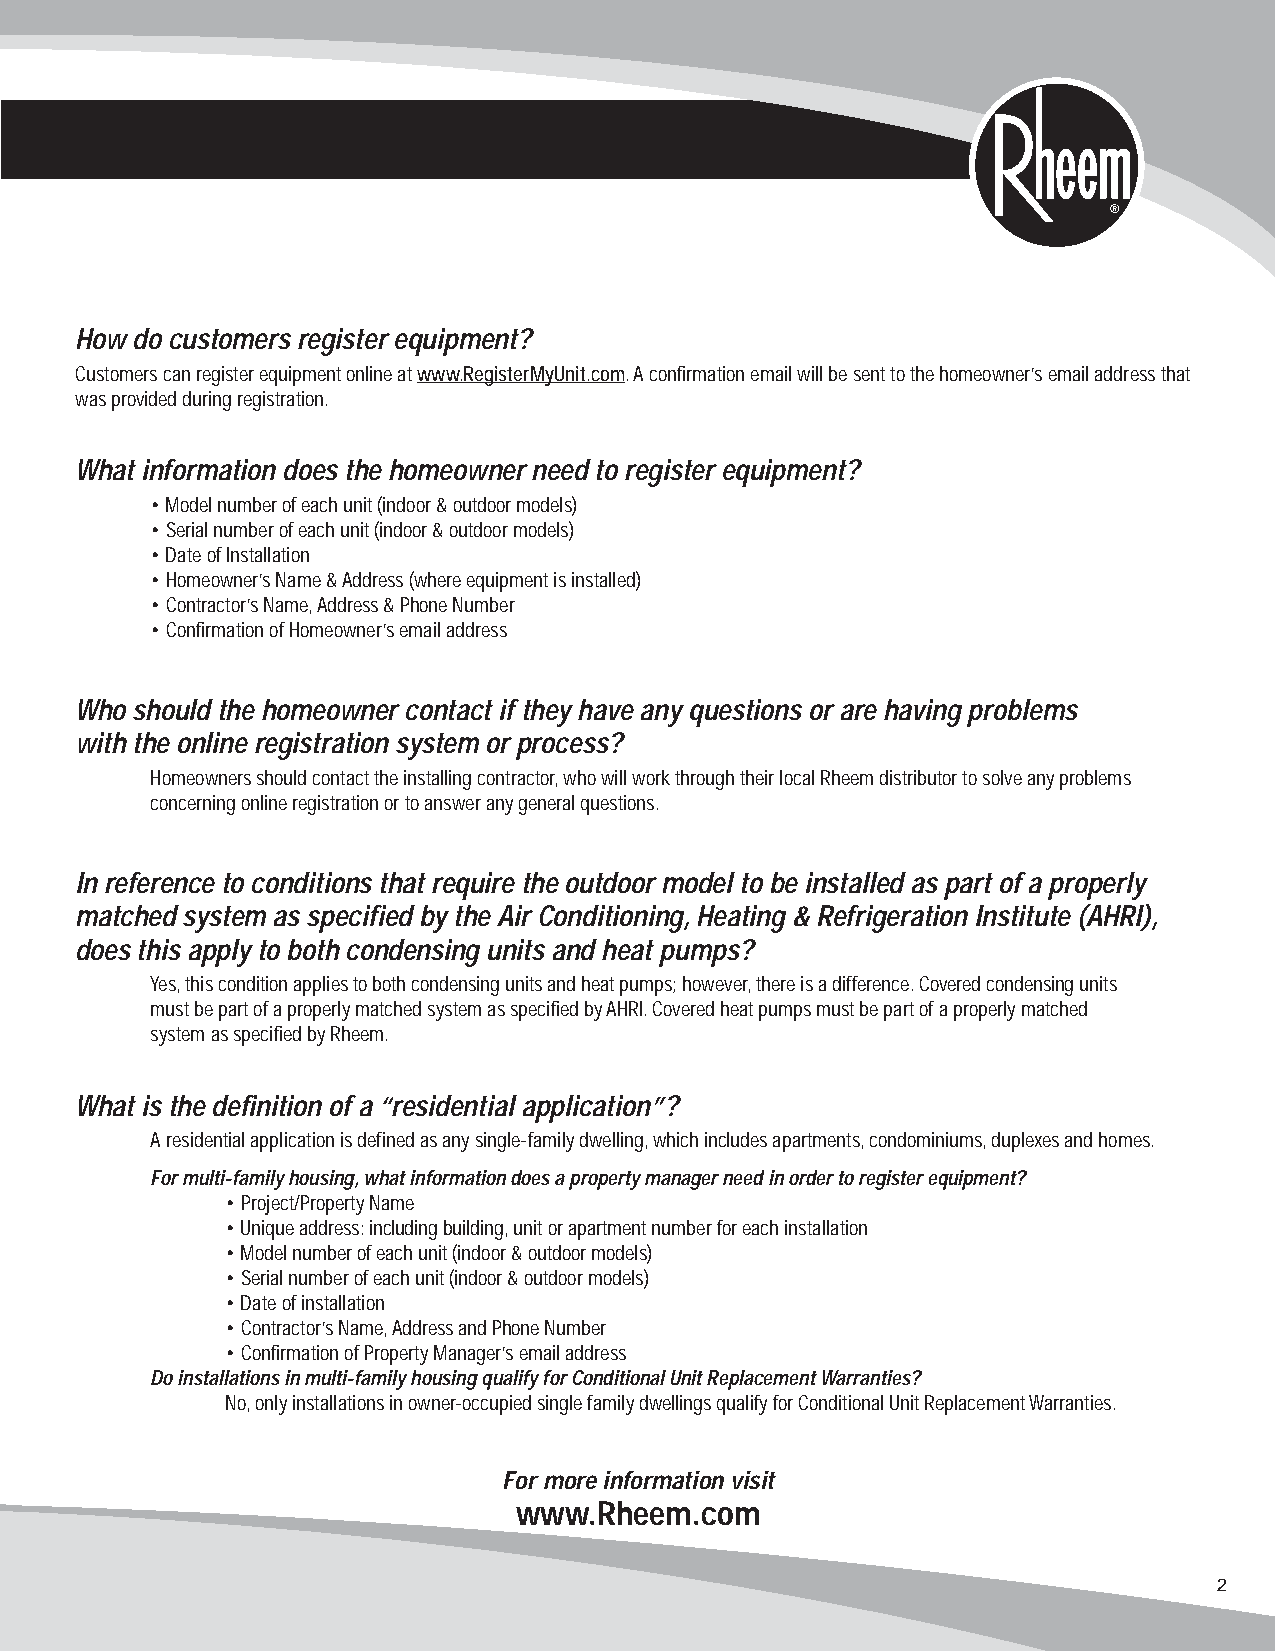
How do customers register equipment?
 Customers can register equipment online at www.RegisterMyUnit.com.A confirmation email will be sent to the homeowner’s email address that
 was provided during registration.
 What information does the homeowner need to register equipment?
 • Model number of each unit (indoor & outdoor models)
 • Serial number of each unit (indoor & outdoor models)
 • Date of Installation
 • Homeowner’s Name & Address (where equipment is installed)
 • Contractor’s Name,Address & Phone Number
 • Confirmation of Homeowner’s email address
 Who should the homeowner contact if they have any questions or are having problems
 with the online registration system or process?
 Homeowners should contact the installing contractor,who will work through their local Rheem distributor to solve any problems
 concerning online registration or to answer any general questions.
 In reference to conditions that require the outdoor model to be installed as part of a properly
 matched system as specified by the Air Conditioning,Heating & Refrigeration Institute (AHRI),
 does this apply to both condensing units and heat pumps?
 Yes,this condition applies to both condensing units and heat pumps; however,there is a difference.Covered condensing units
 must be part of a properly matched system as specified by AHRI.Covered heat pumps must be part of a properly matched
 system as specified by Rheem.
 What is the definition of a “residential application”?
 A residential application is defined as any single-family dwelling,which includes apartments,condominiums,duplexes and homes.
 For multi-family housing,what information does a property manager need in order to register equipment?
 • Project/Property Name
 • Unique address:including building,unit or apartment number for each installation
 • Model number of each unit (indoor & outdoor models)
 • Serial number of each unit (indoor & outdoor models)
 • Date of installation
 • Contractor’s Name,Address and Phone Number
 • Confirmation of Property Manager’s email address
 Do installations in multi-family housing qualify for Conditional Unit Replacement Warranties?
 No,only installations in owner-occupied single family dwellings qualify for Conditional Unit Replacement Warranties.
 For more information visit
 www.Rheem.com
 2